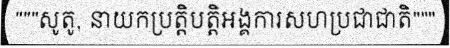
"""សូតូ, នាយកប្រត្តិបត្តិអង្គការសហប្រជាជាតិ"""